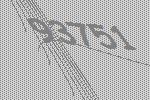
93751